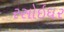
રસોઇઘર